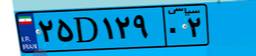
۰۰D۵۵۳۰۴